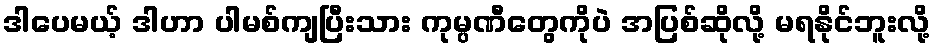
ဒါပေမယ့် ဒါဟာ ပါမစ်ကျပြီးသား ကုမ္ပဏီတွေကိုပဲ အပြစ်ဆိုလို့ မရနိုင်ဘူးလို့